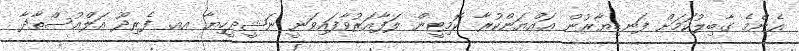
އެންމެ ގާބިލުކަމަށް ފަނޑިޔާރުން ޢައްޔަންކުރާ ކޮމިޓީން ލަފާއަރުވާފައިވަނީ ނަޝީދީހިޔާ އއ. ފެރިދޫ އަލްއުސްތާޛާ